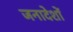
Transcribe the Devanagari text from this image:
जनादेशों